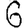
Digit: 6